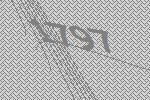
1797